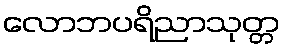
လောဘပရိညာသုတ္တ